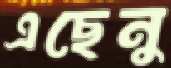
এছেনু